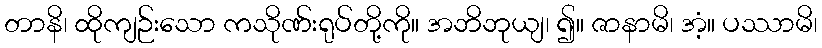
တာနိ၊ ထိုကျဉ်းသော ကသိုဏ်းရုပ်တို့ကို။ အဘိဘုယျ၊ ၍။ ဇာနာမိ၊ အံ့။ ပဿာမိ၊